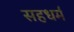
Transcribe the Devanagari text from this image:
सहधर्म